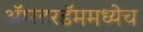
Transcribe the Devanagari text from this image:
अॅम्स्टरडॅममध्येच